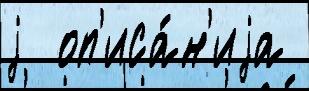
j  оп'иса́н'иjа